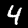
Label: 4